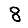
Digit: 8